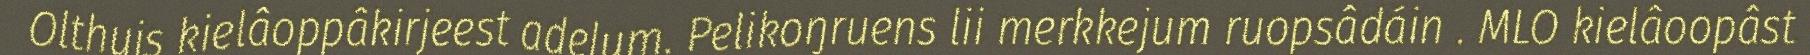
Olthuis kielâoppâkirjeest adelum. Pelikoŋruens lii merkkejum ruopsâdáin . MLO kielâoopâst